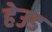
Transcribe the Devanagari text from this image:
हेउड